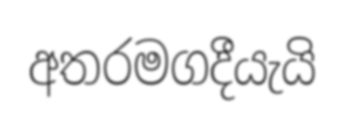
අතරමගදීයැයි